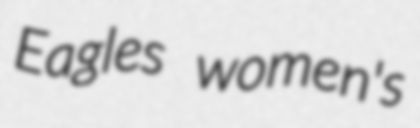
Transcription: Eagles women's